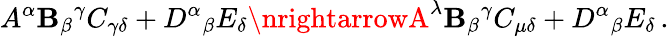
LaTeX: A^{\alpha}\mathbf{B}_{\beta}{}^{\gamma}C_{\gamma\delta}+D^{\alpha}{}_{\beta}{}E_{\delta}\nrightarrowA^{\lambda}\mathbf{B}_{\beta}{}^{\gamma}C_{\mu\delta}+D^{\alpha}{}_{\beta}{}E_{\delta}\, .